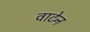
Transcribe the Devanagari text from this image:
वाटेन